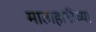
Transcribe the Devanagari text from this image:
माताहारीच्या